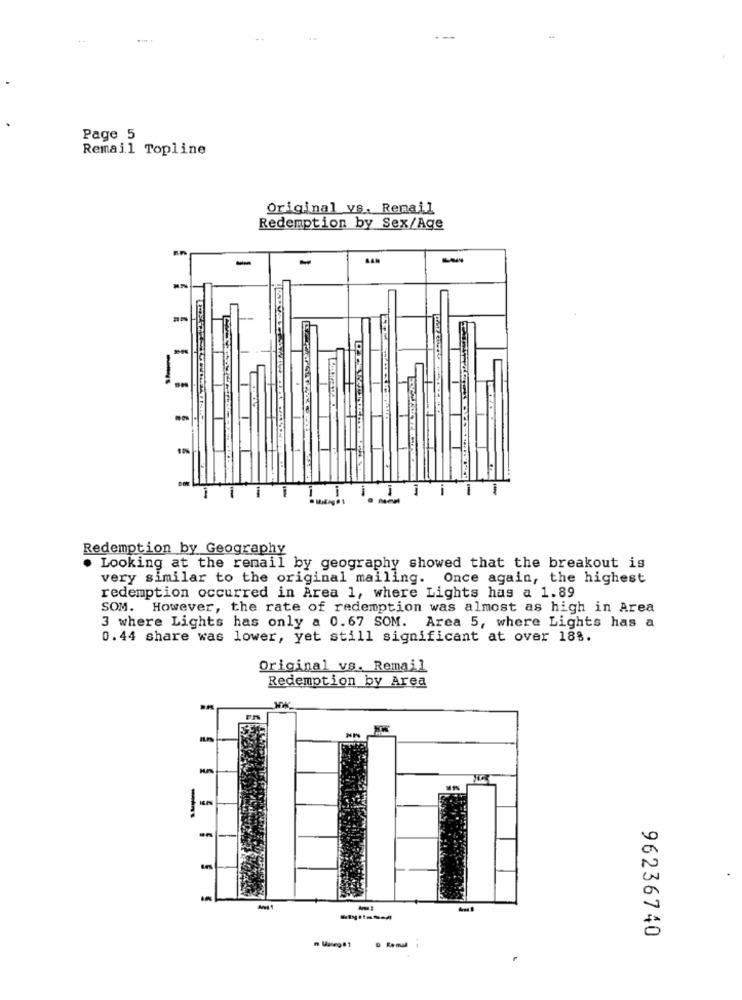
---
Page 5
Remail Topline
Original VS. Remail
Redemption by Sex/Age
1
-
1
Redemption by Geography
. Looking at the renail by geography showed that the breakout is
very similar to the original mailing. Once again, the highest
redemption occurred in Area 1, where Lights has a 1.89
SOM. However, the rate of redemption was almost as high in Area
3 where Lights has only a 0.67 SOM. Area 5, where Lights has a
0.44 share was lower, yet still significant at over 188.
Original vs. Remail
Redemption by Area
96236740